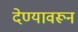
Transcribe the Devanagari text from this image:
देण्यावरून